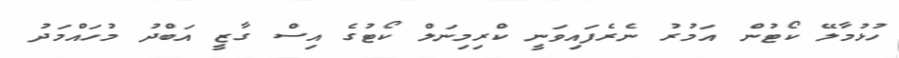
ހުޅުމާލޭ ކޯޓުން އަމުރު ނެރެފައިވަނީ ކްރިމިނަލް ކޯޓުގެ އިސް ގާޒީ އަބްދު މުހައްމަދު